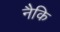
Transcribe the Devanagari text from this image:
नैकि